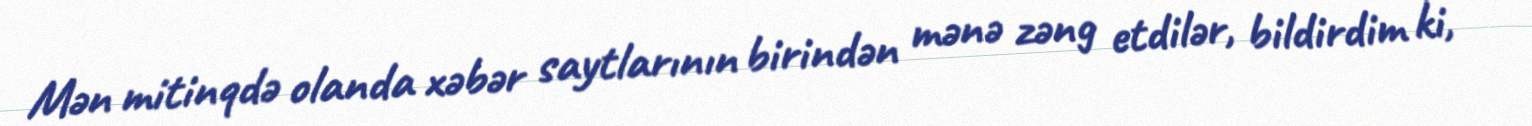
Mən mitinqdə olanda xəbər saytlarının birindən mənə zəng etdilər, bildirdim ki,